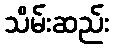
သိမ်းဆည်း